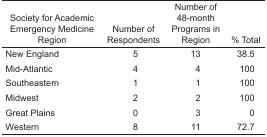
<table><thead><tr><td><b>Society for Academic Emergency Medicine Region</b></td><td><b>Number of Respondents</b></td><td><b>Number of 48-month Programs in Region</b></td><td><b>% Total</b></td></tr></thead><tbody><tr><td>New England</td><td>5</td><td>13</td><td>38.5</td></tr><tr><td>Mid-Atlantic</td><td>4</td><td>4</td><td>100</td></tr><tr><td>Southeastern</td><td>1</td><td>1</td><td>100</td></tr><tr><td>Midwest</td><td>2</td><td>2</td><td>100</td></tr><tr><td>Great Plains</td><td>0</td><td>3</td><td>0</td></tr><tr><td>Western</td><td>8</td><td>11</td><td>72.7</td></tr></tbody></table>